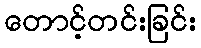
တောင့်တင်းခြင်း